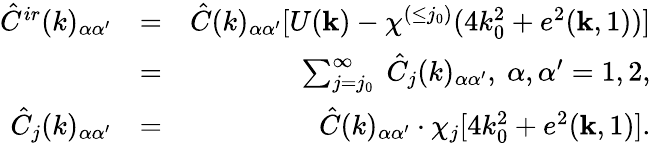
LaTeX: \begin{array}{rlr}{\hat{C}^{ir}(k)_{\alpha\alpha^{\prime}}}&{=}&{\hat{C}(k)_{\alpha\alpha^{\prime}}[U({\mathbf k})-\chi^{(\le j_{0})}(4k_{0}^{2}+e^{2}({\mathbf k},1))]}\\ &{=}&{\sum_{j=j_{0}}^{\infty}\ \hat{C}_{j}(k)_{\alpha\alpha^{\prime}},\ \alpha,\alpha^{\prime}=1,2,}\\ {\hat{C}_{j}(k)_{\alpha\alpha^{\prime}}}&{=}&{\hat{C}(k)_{\alpha\alpha^{\prime}}\cdot\chi_{j}[4k_{0}^{2}+e^{2}({\mathbf k},1)].}\end{array}